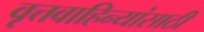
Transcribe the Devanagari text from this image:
वृत्तवाहिन्यांसाठी